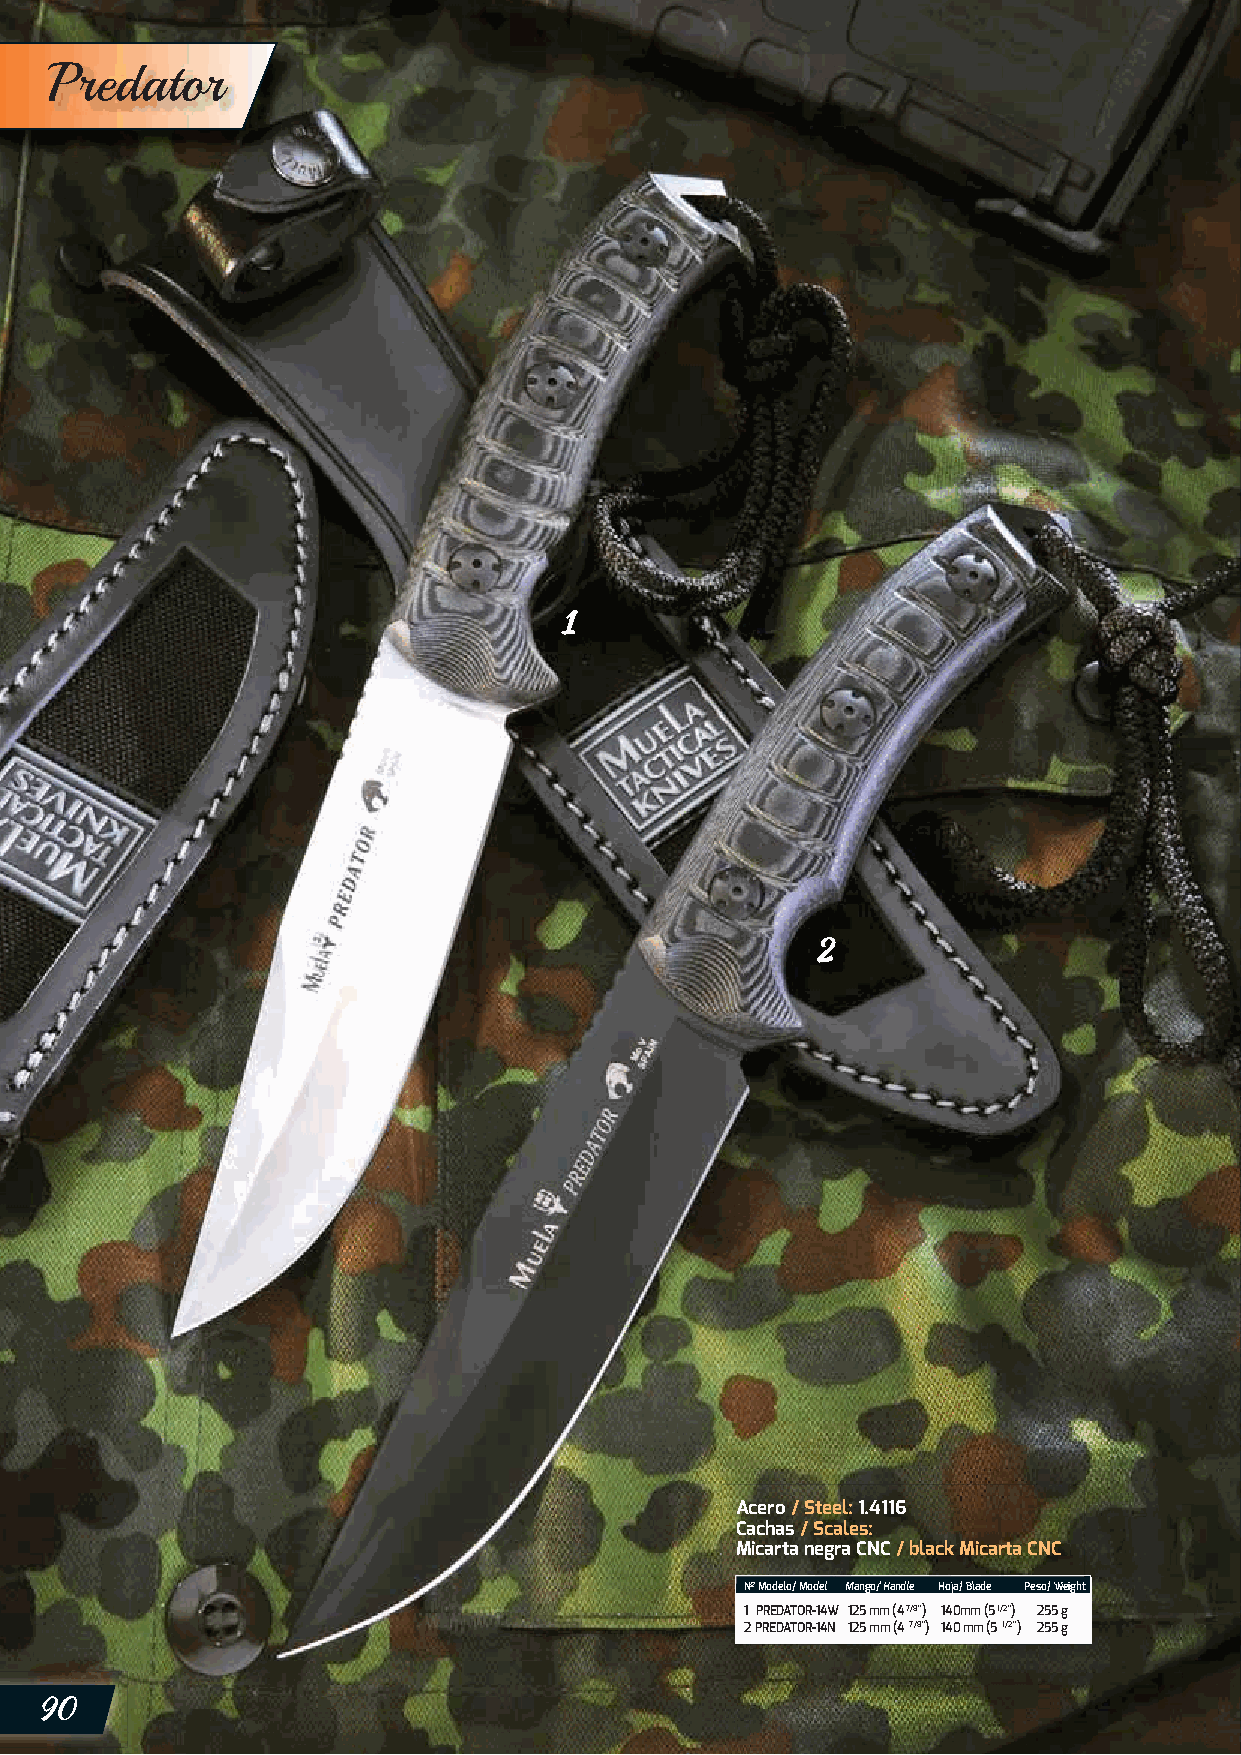
Predator
 Acero / Steel: 1.4116
 Cachas / Scales:
 Micarta negra CNC / black Micarta CNC
 NNºº MModdello// MModdell MMango// HHanddlle HHojja// BBlladde PPeso// WWeiighhtt
 1 PREDATOR-14W 125 mm (4 7/8”) 140mm (5 1/2”) 255 g
 2 PREDATOR-14N 125 mm (4 7/8”) 140 mm (5 1/2”) 255 g
 90